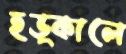
হড়্‌কালে